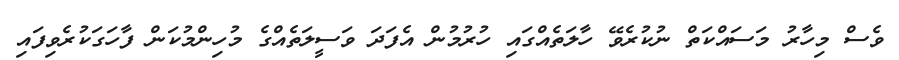
ވެސް މިހާރު މަސައްކަތް ނުކުރެވޭ ހާލަތެއްގައި ހުުރުމުން އެފަދަ ވަސީލަތެއްގެ މުހިންމުކަން ފާހަގަކުރެވިފައި